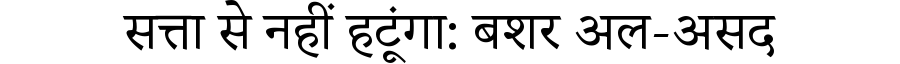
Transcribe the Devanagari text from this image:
सत्ता से नहीं हटूंगा: बशर अल-असद